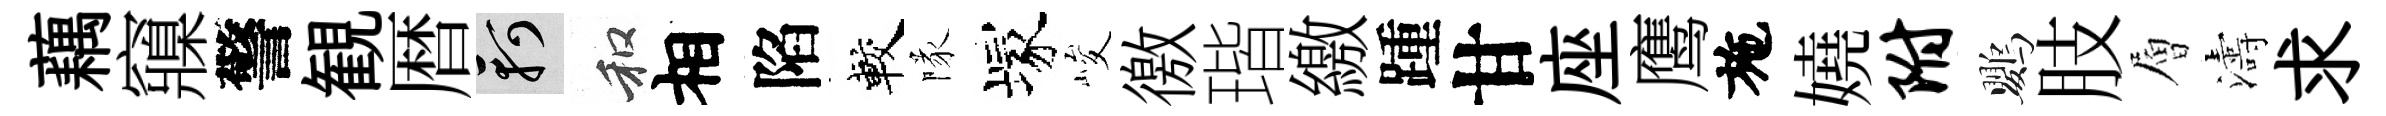
藕䆿警観暦軻和相陷較隊塚峻徼瑎繳踵甘座鹰施嬈附鸚肢層濤求